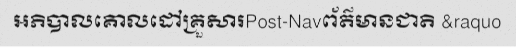
អភិបាលគោលដៅគ្រួសារPost-Navព័ត៌មានជាតិ &raquo